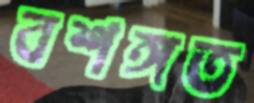
বশঙ্গত